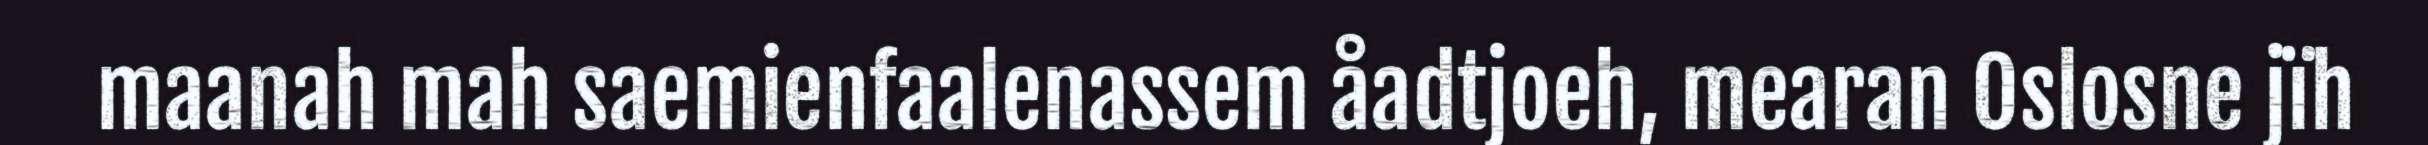
maanah mah saemienfaalenassem åadtjoeh, mearan Oslosne jïh